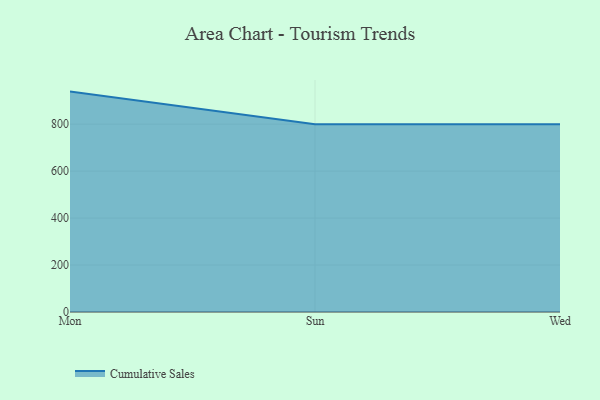
{"axis": {"x": "Day", "y": "Satisfaction Score"}, "legend": ["Cumulative Sales"], "data": [{"x": "Mon", "y": 938.6, "type": "Cumulative Sales"}, {"x": "Sun", "y": 800, "type": "Cumulative Sales"}, {"x": "Wed", "y": 800, "type": "Cumulative Sales"}]}